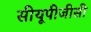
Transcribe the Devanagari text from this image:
सीयूपीजीसी